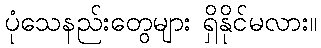
ပုံသေနည်းတွေများ ရှိနိုင်မလား။